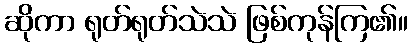
ဆိုကာ ရုတ်ရုတ်သဲသဲ ဖြစ်ကုန်ကြ၏။